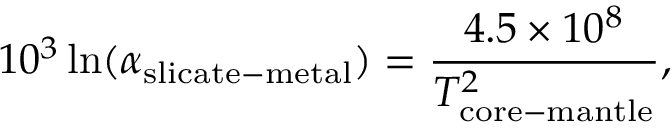
1 0 ^ { 3 } \ln ( \alpha _ { \mathrm { s l i c a t e - m e t a l } } ) = \frac { 4 . 5 \times 1 0 ^ { 8 } } { T _ { \mathrm { c o r e - m a n t l e } } ^ { 2 } } ,